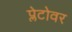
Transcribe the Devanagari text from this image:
प्लेटोवर